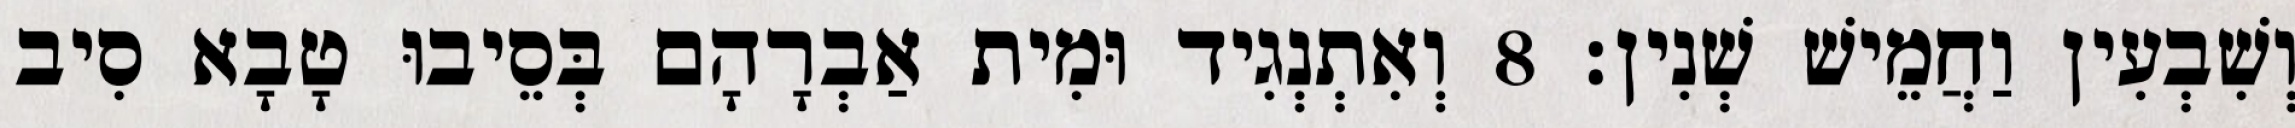
וְשִׁבְעִין וַחֲמֵישׁ שְׁנִין׃ 8 וְאִתְנְגִיד וּמִית אַבְרָהָם בְּסֵיבוּ טָבָא סִיב